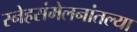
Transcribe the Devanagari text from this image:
स्नेहसंमेलनांतल्या